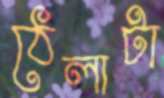
ঠেলাটা